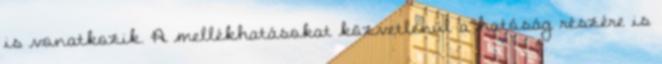
is vonatkozik. A mellékhatásokat közvetlenül a hatóság részére is